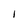
Character: 1